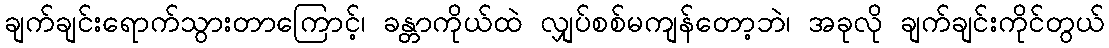
ချက်ချင်းရောက်သွားတာကြောင့်၊ ခန္တာကိုယ်ထဲ လျှပ်စစ်မကျန်တော့ဘဲ၊ အခုလို ချက်ချင်းကိုင်တွယ်